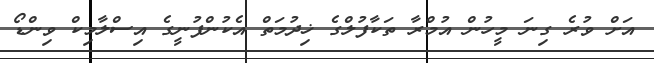
އަށް ވުރެ ގިނަ މީހުން އުމްރާ ތަކާފުލްގެ ޚިދުމަތް އެކުންފުނީގެ އިސްލާމިކް ވިންޑޯ